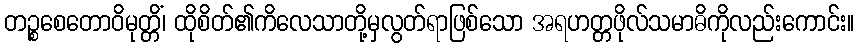
တဉ္စစေတောဝိမုတ္တိံ၊ ထိုစိတ်၏ကိလေသာတို့မှလွတ်ရာဖြစ်သော အရဟတ္တဖိုလ်သမာဓိကိုလည်းကောင်း။